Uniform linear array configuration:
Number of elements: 4
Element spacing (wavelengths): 0.25
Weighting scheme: binomial
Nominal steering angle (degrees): -30
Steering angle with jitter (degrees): -28.72
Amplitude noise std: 0.05
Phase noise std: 0.05

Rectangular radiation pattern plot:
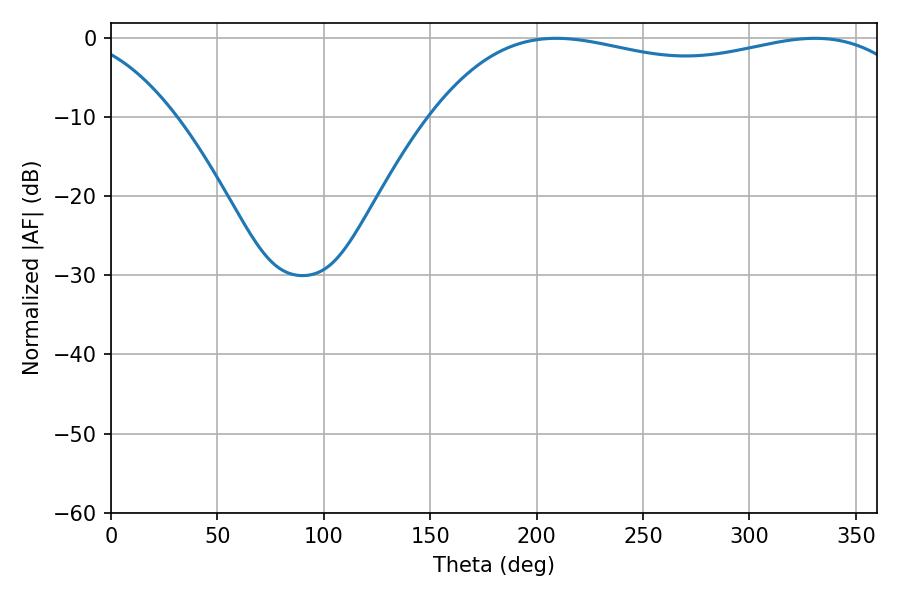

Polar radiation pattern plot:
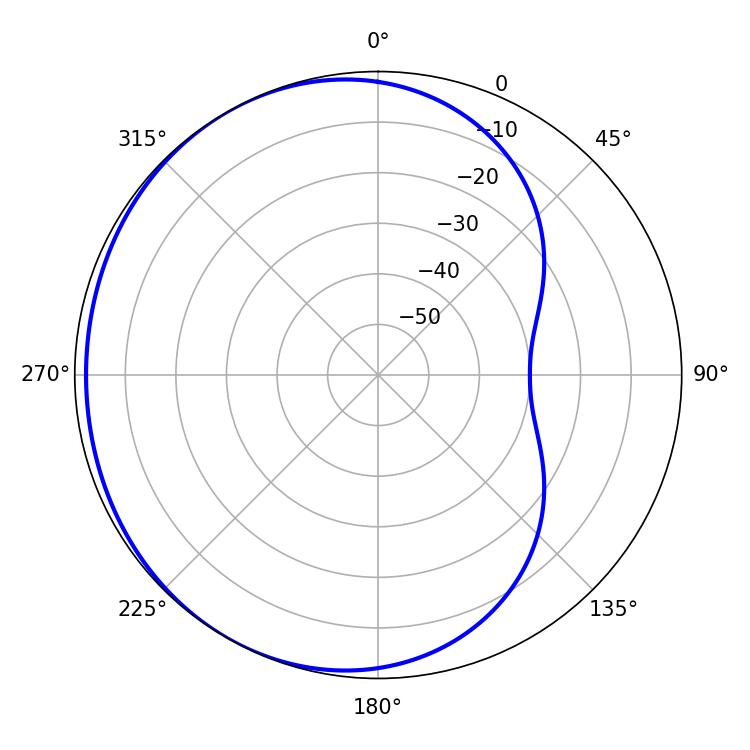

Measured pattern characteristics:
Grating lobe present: FALSE
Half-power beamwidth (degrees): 185.58
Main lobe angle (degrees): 209.16